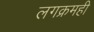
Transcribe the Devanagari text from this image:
लगक्रमही